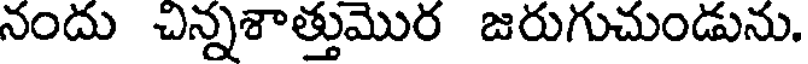
నందు చిన్నశాత్తుమొర జరుగుచుండును.